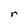
Character: r